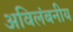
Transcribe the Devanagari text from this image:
अविलंबनीय